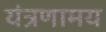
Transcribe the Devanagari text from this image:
यंत्रणामय